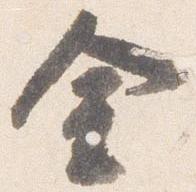
金